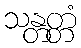
သန္တတ္တံ